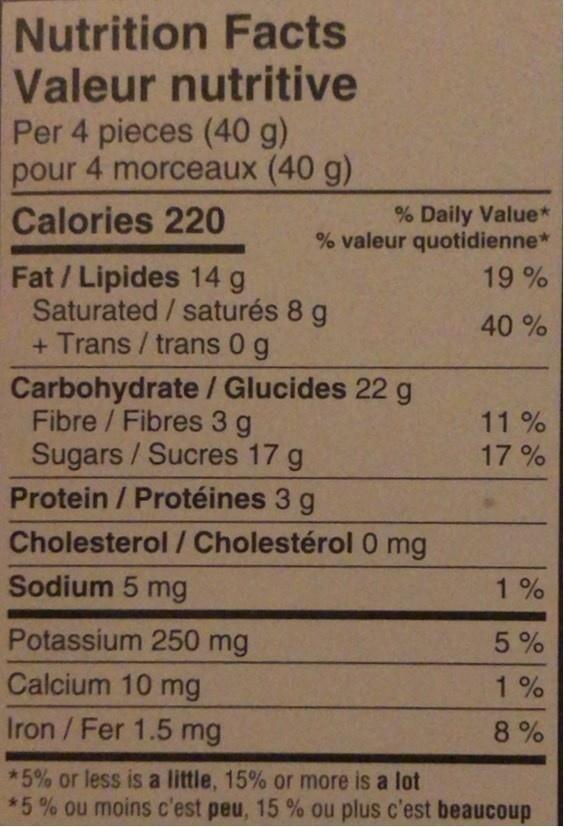
Nutrition Facts Valeur nutritive Per 4 pieces (40 g) pour 4 morceaux (40 g)
Calories 220
% Daily Value* % valeur quotidienne*
Fat/Lipides 14 g Saturated / saturés 8 g + Trans / trans 0 g
19%
40%
Carbohydrate / Glucides 22 g Fibre /Fibres 3 g Sugars / Sucres 17 g Protein / Protéines 3 g
11% 17%
Cholesterol / Cholestérol 0 mg
Sodium 5 mg
1%
Potassium 250 mg
5%
Calcium 10 mg
1%
Iron /Fer 1.5 mg
8%
*5% or less is a little, 15% or more is a lot *5% ou moins c'est peu, 15 % ou plus c'est beaucoup